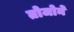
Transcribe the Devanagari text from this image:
तोजोने